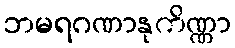
ဘမရဂဏာနုကိဏ္ဏာ